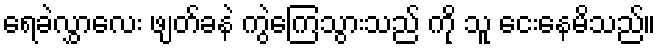
ရေခဲလွှာလေး ဖျတ်ခနဲ ကွဲကြေသွားသည် ကို သူ ငေးနေမိသည်။